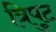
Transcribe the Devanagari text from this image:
त्रिपुट